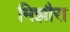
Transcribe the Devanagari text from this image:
मिझौरा